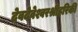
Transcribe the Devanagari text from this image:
देवदेवेश्वरश्रीहरिकी